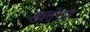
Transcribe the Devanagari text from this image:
ख्लेना